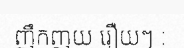
ញឹកញយ រឿយៗ :